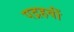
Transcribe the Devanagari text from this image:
पद्रहवीं